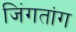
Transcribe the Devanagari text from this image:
जिंगतांग